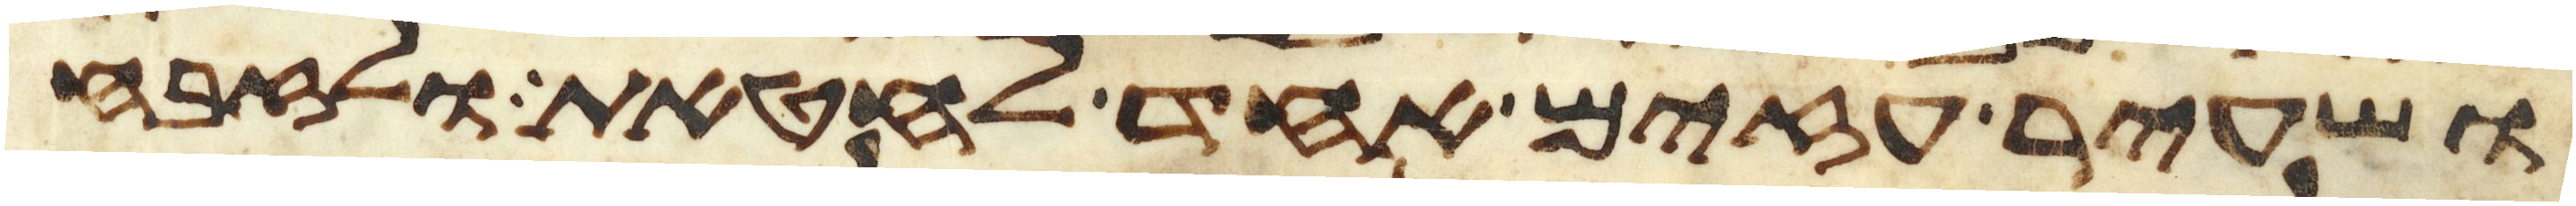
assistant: ושעיר עזים אחד לחטאת ולזבח